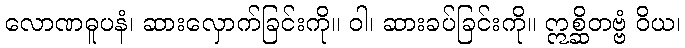
လောဏဓူပနံ၊ ဆားလှောက်ခြင်းကို။ ဝါ၊ ဆားခပ်ခြင်းကို။ ဣစ္ဆိတဗ္ဗံ ဝိယ၊